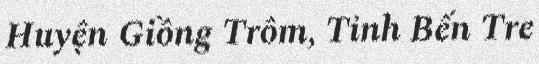
Huyện Giồng Trôm, Tỉnh Bến Tre